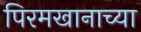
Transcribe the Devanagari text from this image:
पिरमखानाच्या